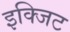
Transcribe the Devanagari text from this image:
इक्जिट